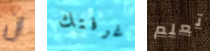
ان غرفتك تعلم